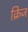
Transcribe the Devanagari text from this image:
क्रिज